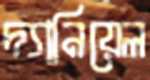
দ্যানিয়েল